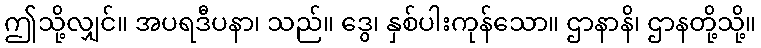
ဤသို့လျှင်။ အပရဒီပနာ၊ သည်။ ဒွေ၊ နှစ်ပါးကုန်သော။ ဌာနာနိ၊ ဌာနတို့သို့။